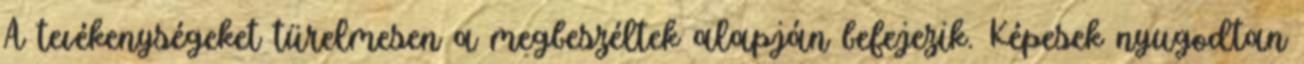
A tevékenységeket türelmesen a megbeszéltek alapján befejezik. Képesek nyugodtan